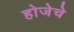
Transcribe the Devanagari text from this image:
होजेचे